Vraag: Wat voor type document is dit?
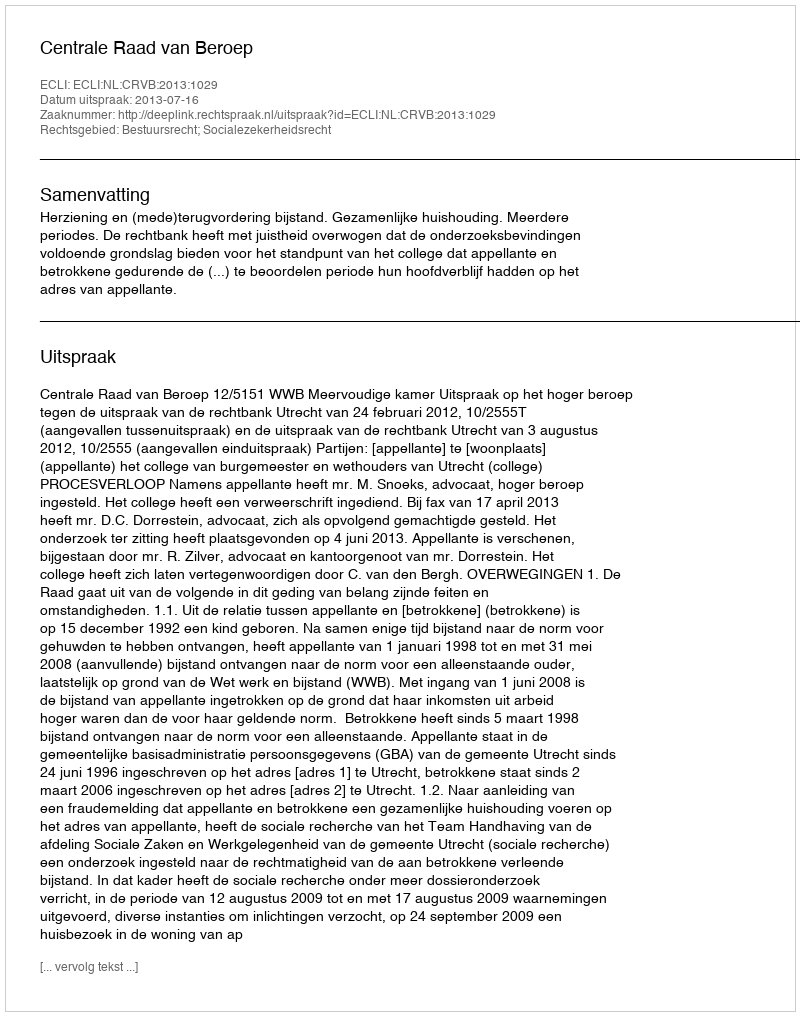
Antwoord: Uitspraak